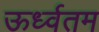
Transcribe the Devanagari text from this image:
ऊर्ध्वतम